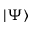
| \Psi \rangle